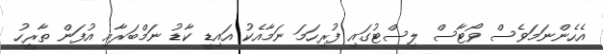
އެހެންނަމަވެސް ވޯޓާސް ލިސްޓުގައި ފުރިހަމަ ނަމާއެކު އައިޑީ ކާޑު ނަމްބަރާއި އުފަން ތާރީހު